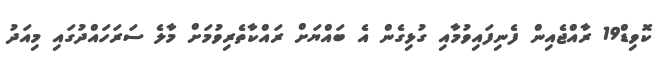
ކޮވިޑް19 ރާއްޖެއިން ފެނިފައިވުމާއި ގުޅިގެން އެ ބައްޔަށް ރައްކާތެރިވުމަށް މާލެ ސަރަހައްދުގައި މިއަދު